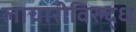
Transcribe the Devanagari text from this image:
लाचारीविरुद्ध